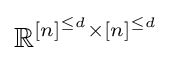
\mathbb {R} ^{[n]^{\leq d}\times [n]^{\leq d}}